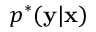
p ^ { * } ( \mathbf { y } \vert \mathbf { x } )